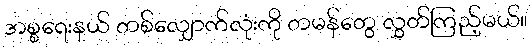
အစ္စရေးနယ် တစ်လျှောက်လုံးကို တမန်တွေ လွှတ်ကြည့်မယ်။